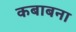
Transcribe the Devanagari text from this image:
कबाबना